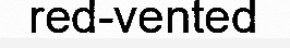
red-vented